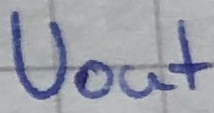
Text: Uout